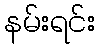
နမ်းရင်း